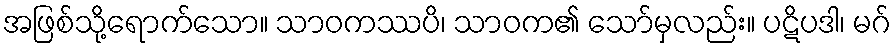
အဖြစ်သို့ရောက်သော။ သာဝကဿပိ၊ သာဝက၏ သော်မှလည်း။ ပဋိပဒါ၊ မဂ်